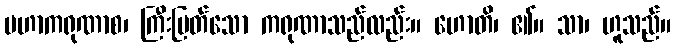
မဟာကရုဏာစ၊ ကြီးမြတ်သော ကရုဏာသည်လည်း။ ဟောတိ၊ ၏။ သာ၊ ဟူသည်။